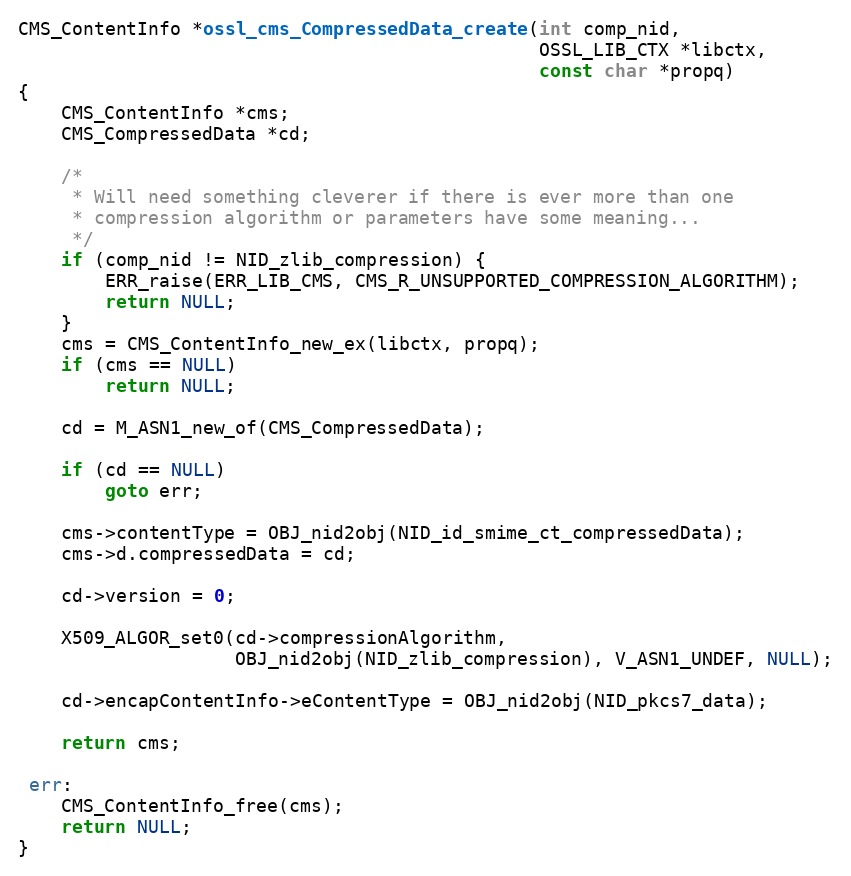
Language: C
CMS_ContentInfo *ossl_cms_CompressedData_create(int comp_nid,
                                                OSSL_LIB_CTX *libctx,
                                                const char *propq)
{
    CMS_ContentInfo *cms;
    CMS_CompressedData *cd;

    /*
     * Will need something cleverer if there is ever more than one
     * compression algorithm or parameters have some meaning...
     */
    if (comp_nid != NID_zlib_compression) {
        ERR_raise(ERR_LIB_CMS, CMS_R_UNSUPPORTED_COMPRESSION_ALGORITHM);
        return NULL;
    }
    cms = CMS_ContentInfo_new_ex(libctx, propq);
    if (cms == NULL)
        return NULL;

    cd = M_ASN1_new_of(CMS_CompressedData);

    if (cd == NULL)
        goto err;

    cms->contentType = OBJ_nid2obj(NID_id_smime_ct_compressedData);
    cms->d.compressedData = cd;

    cd->version = 0;

    X509_ALGOR_set0(cd->compressionAlgorithm,
                    OBJ_nid2obj(NID_zlib_compression), V_ASN1_UNDEF, NULL);

    cd->encapContentInfo->eContentType = OBJ_nid2obj(NID_pkcs7_data);

    return cms;

 err:
    CMS_ContentInfo_free(cms);
    return NULL;
}